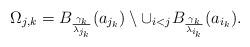
LaTeX: \begin{align*}\Omega_{j,k}=B_{\frac{\gamma_{k}}{\lambda_{j_{k}}}}( a _{j_{k}})\setminus\cup_{i<j}B_{\frac{\gamma_{k}}{\lambda_{i_{k}}} }(a _{i_{k}}).\end{align*}